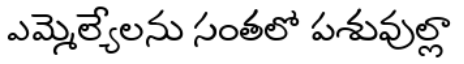
ఎమ్మెల్యేలను సంతలో పశువుల్లా